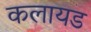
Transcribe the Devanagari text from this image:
कलायड